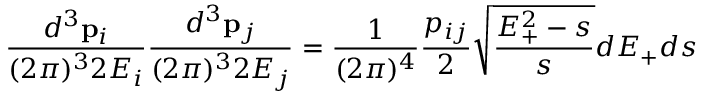
\frac { d ^ { 3 } { \bf p } _ { i } } { ( 2 \pi ) ^ { 3 } 2 E _ { i } } \frac { d ^ { 3 } { \bf p } _ { j } } { ( 2 \pi ) ^ { 3 } 2 E _ { j } } = \frac { 1 } { ( 2 \pi ) ^ { 4 } } \frac { p _ { i j } } { 2 } \sqrt { \frac { E _ { + } ^ { 2 } - s } { s } } d E _ { + } d s